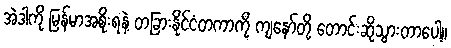
အဲဒါကို မြန်မာအစိုးရနဲ့ တခြားနိုင်ငံတကာကို ကျနော်တို့ တောင်းဆိုသွားတာပေါ့။